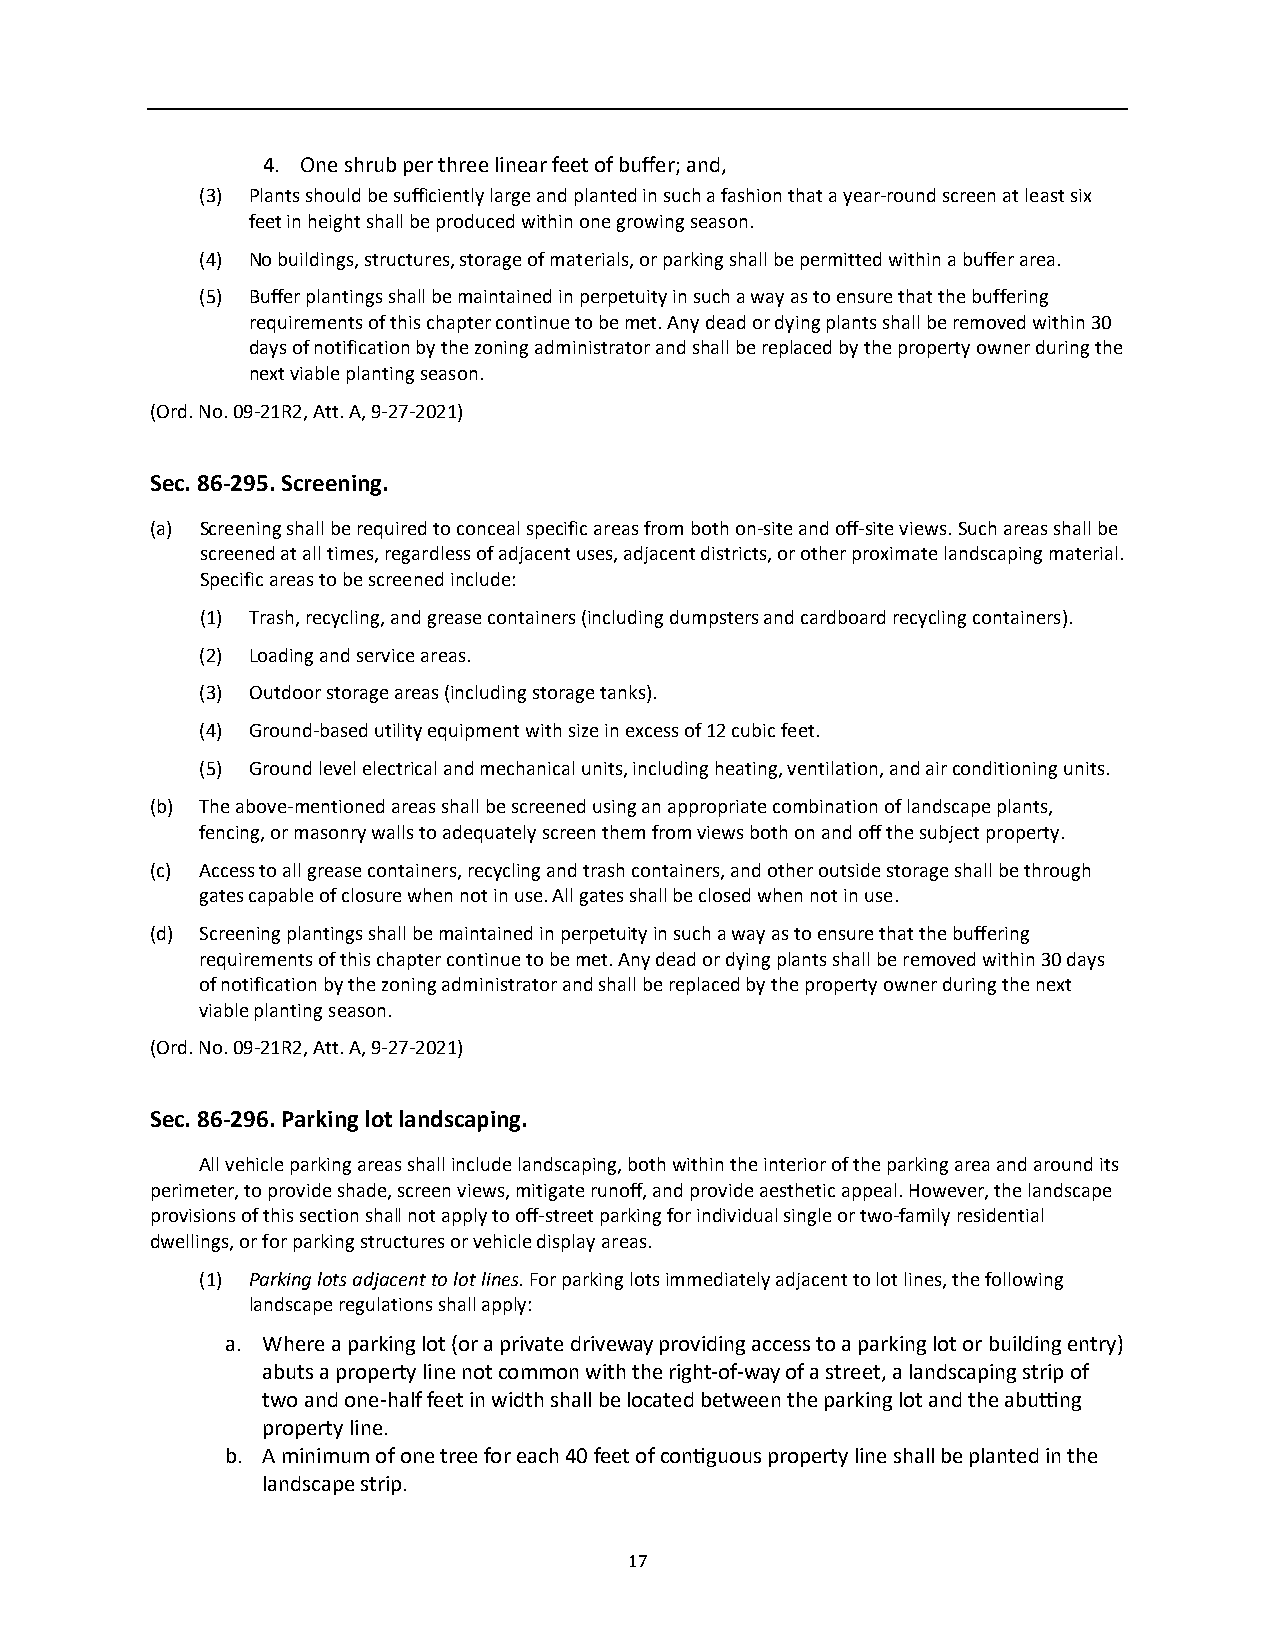
4. One shrub per three linear feet of buffer; and,
 (3) Plants should be sufficiently large and planted in such a fashion that a year-round screen at least six
 feet in height shall be produced within one growing season.
 (4) No buildings, structures, storage of materials, or parking shall be permitted within a buffer area.
 (5) Buffer plantings shall be maintained in perpetuity in such a way as to ensure that the buffering
 requirements of this chapter continue to be met. Any dead or dying plants shall be removed within 30
 days of notification by the zoning administrator and shall be replaced by the property owner during the
 next viable planting season.
 (Ord. No. 09-21R2, Att. A, 9-27-2021)
 Sec. 86-295. Screening.
 (a) Screening shall be required to conceal specific areas from both on-site and off-site views. Such areas shall be
 screened at all times, regardless of adjacent uses, adjacent districts, or other proximate landscaping material.
 Specific areas to be screened include:
 (1) Trash, recycling, and grease containers (including dumpsters and cardboard recycling containers).
 (2) Loading and service areas.
 (3) Outdoor storage areas (including storage tanks).
 (4) Ground-based utility equipment with size in excess of 12 cubic feet.
 (5) Ground level electrical and mechanical units, including heating, ventilation, and air conditioning units.
 (b) The above-mentioned areas shall be screened using an appropriate combination of landscape plants,
 fencing, or masonry walls to adequately screen them from views both on and off the subject property.
 (c) Access to all grease containers, recycling and trash containers, and other outside storage shall be through
 gates capable of closure when not in use. All gates shall be closed when not in use.
 (d) Screening plantings shall be maintained in perpetuity in such a way as to ensure that the buffering
 requirements of this chapter continue to be met. Any dead or dying plants shall be removed within 30 days
 of notification by the zoning administrator and shall be replaced by the property owner during the next
 viable planting season.
 (Ord. No. 09-21R2, Att. A, 9-27-2021)
 Sec. 86-296. Parking lot landscaping.
 All vehicle parking areas shall include landscaping, both within the interior of the parking area and around its
 perimeter, to provide shade, screen views, mitigate runoff, and provide aesthetic appeal. However, the landscape
 provisions of this section shall not apply to off-street parking for individual single or two-family residential
 dwellings, or for parking structures or vehicle display areas.
 (1) Parking lots adjacent to lot lines. For parking lots immediately adjacent to lot lines, the following
 landscape regulations shall apply:
 a. Where a parking lot (or a private driveway providing access to a parking lot or building entry)
 abuts a property line not common with the right-of-way of a street, a landscaping strip of
 two and one-half feet in width shall be located between the parking lot and the abu�ng
 property line.
 b. A minimum of one tree for each 40 feet of con�guous property line shall be planted in the
 landscape strip.
 17